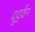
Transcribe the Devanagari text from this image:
दूर्द्शन